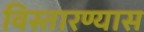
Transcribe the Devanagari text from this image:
विस्तारण्यास